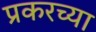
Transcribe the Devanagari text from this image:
प्रकरच्या